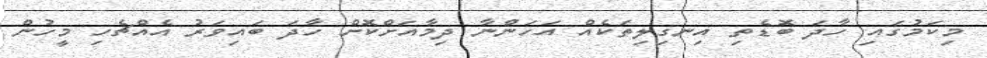
މިކަމުގައި ހާދަ ބޮޑެތި އިނގިލިތަކެއް އަހަންނާ ދިމާއަށްކޮށް ހާދަ ބައިވަރު އެއްޗެހި މީހުން